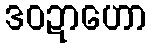
ဒဝဍာဟော